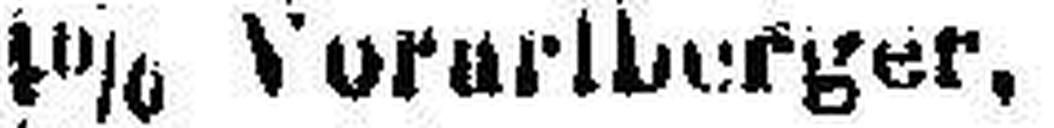
4% Vorarlberger. „